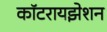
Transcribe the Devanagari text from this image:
कॉटरायझेशन